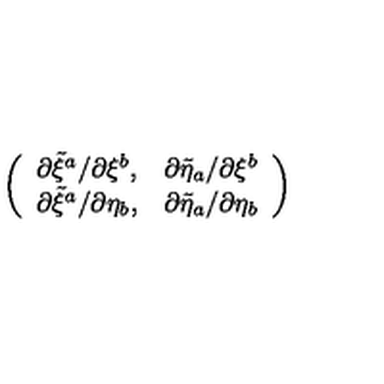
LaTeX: \left( \begin{array} { c c } { \partial \tilde { \xi } ^ { a } / \partial \xi ^ { b } , } & { \partial \tilde { \eta } _ { a } / \partial \xi ^ { b } } \\ { \partial \tilde { \xi } ^ { a } / \partial \eta _ { b } , } & { \partial \tilde { \eta } _ { a } / \partial \eta _ { b } } \\ \end{array} \right)